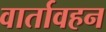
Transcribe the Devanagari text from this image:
वार्तावहन